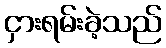
ငှားရမ်းခဲ့သည်